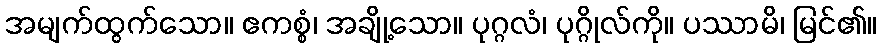
အမျက်ထွက်သော။ ဧကစ္စံ၊ အချို့သော။ ပုဂ္ဂလံ၊ ပုဂ္ဂိုလ်ကို။ ပဿာမိ၊ မြင်၏။